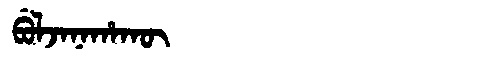
Manchu: ᠪᡠᠯᠵᠠᠨᠠᡥᠠᡴᡡ
Romanization: BULJANAHAKŪ